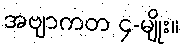
အဗျာကတ ၄-မျိုး။